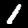
Digit: 1